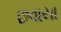
છવાયા